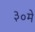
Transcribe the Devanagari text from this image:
३०मे